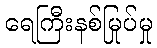
ရေကြီးနစ်မြုပ်မှု